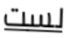
لست